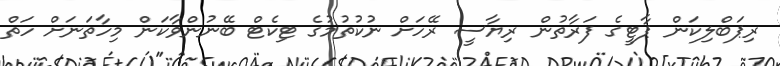
ރިޕަބްލިކަން ޕާޓީގެ ފަރާތުން ރިޔާސީ ރޭހަށް ނުކުތުމުގެ ޓިކެޓް ބޭނުންވާކަން މިހާތަނަށް ހަތް